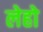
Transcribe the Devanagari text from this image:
लेहो